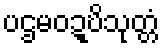
ပဌမဝဍ္ဎိသုတ္တံ